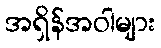
အရှိန်အဝါများ